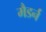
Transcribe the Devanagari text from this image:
मैडर्न